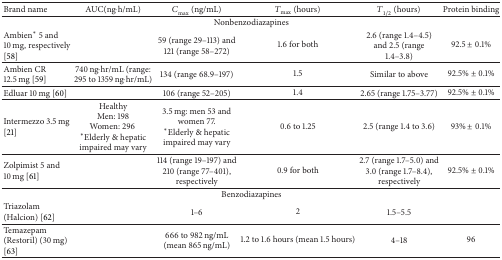
<table><thead><tr><td><b>Brand name</b></td><td><b>AUC(ng·h/mL)</b></td><td><b><i>C</i><sub>max⁡</sub>(ng/mL)</b></td><td><b><i>T</i><sub>max⁡</sub>(hours)</b></td><td><b><i>T</i><sub>1/2</sub>(hours)</b></td><td><b>Protein binding</b></td></tr></thead><tbody><tr><td colspan="6">Nonbenzodiazapines</td></tr><tr><td>Ambien* 5 and 10 mg, respectively [58]</td><td> </td><td>59 (range 29–113) and 121 (range 58–272)</td><td>1.6 for both</td><td>2.6 (range 1.4–4.5) and 2.5 (range 1.4–3.8) </td><td>92.5 ± 0.1%</td></tr><tr><td>Ambien CR 12.5 mg [59]</td><td>740 ng·hr/mL (range: 295 to 1359 ng·hr/mL)</td><td>134 (range 68.9–197)</td><td>1.5</td><td>Similar to above</td><td>92.5% ± 0.1%</td></tr><tr><td>Edluar 10 mg [60]</td><td> </td><td>106 (range 52–205)</td><td>1.4 </td><td>2.65 (range 1.75–3.77)</td><td>92.5% ± 0.1%</td></tr><tr><td>Intermezzo 3.5 mg [21]</td><td>HealthyMen: 198Women: 296 *Elderly &amp; hepatic impaired may vary</td><td>3.5 mg: men 53 and women 77. *Elderly &amp; hepatic impaired may vary </td><td>0.6 to 1.25</td><td>2.5 (range 1.4 to 3.6) </td><td>93% ± 0.1%</td></tr><tr><td>Zolpimist 5 and 10 mg [61]</td><td> </td><td>114 (range 19–197) and 210 (range 77–401), respectively</td><td>0.9 for both</td><td>2.7 (range 1.7–5.0) and 3.0 (range 1.7–8.4), respectively</td><td>92.5% ± 0.1%</td></tr><tr><td colspan="6">Benzodiazapines</td></tr><tr><td>Triazolam (Halcion) [62]</td><td> </td><td>1–6</td><td>2</td><td>1.5–5.5</td><td> </td></tr><tr><td>Temazepam (Restoril) (30 mg) [63]</td><td> </td><td>666 to 982 ng/mL (mean 865 ng/mL)</td><td>1.2 to 1.6 hours (mean 1.5 hours)</td><td>4–18</td><td>96</td></tr></tbody></table>